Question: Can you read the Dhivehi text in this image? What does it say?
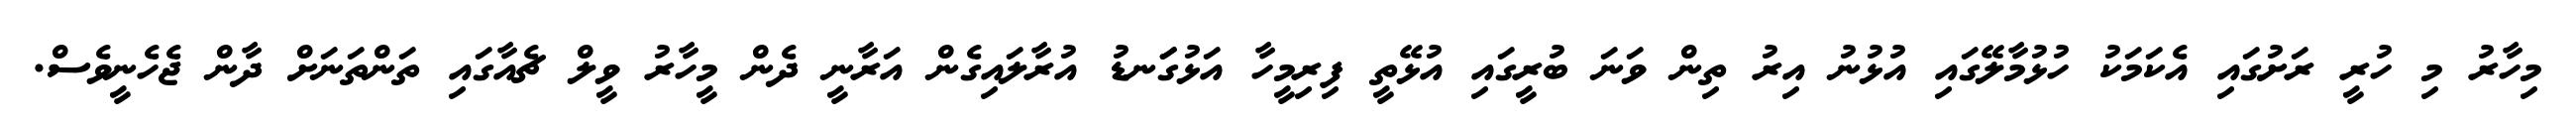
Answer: މިހާރު މި ހުރީ ރަށުގައި އެކަމަކު ހުޅުމާލޭގައި އުޅުނު އިރު ތިން ވަނަ ބުރީގައި އުޅޭތީ ފިރިމީހާ އަޅުގަަނޑު އުރާލައިގެން އަރާނީ ދެން މީހާރު ވީލް ޗެއާގައި ތަންތަނަށް ދާން ޖެހެނީވެސް.